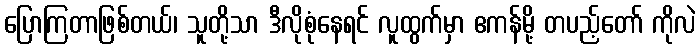
ပြောကြတာဖြစ်တယ်၊ သူတို့သာ ဒီလိုစုံနေရင် လူထွက်မှာ ဧကန်မို့ တပည့်တော် ကိုလဲ